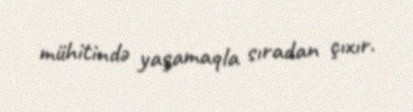
mühitində yaşamaqla sıradan çıxır.